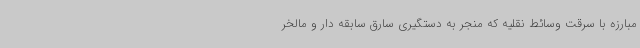
مبارزه با سرقت وسائط نقلیه که منجر به دستگیری سارق سابقه دار و مالخر